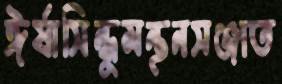
ঈর্ষাসিন্ধুমন্থনসঞ্জাত